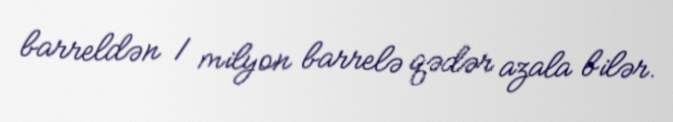
barreldən 1 milyon barrelə qədər azala bilər.